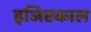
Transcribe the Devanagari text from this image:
इजिप्टकाल